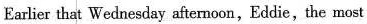
Earlier that Wednesday aftemoon,Eddie, the most